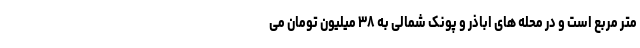
متر مربع است و در محله های اباذر و پونک شمالی به ۳۸ میلیون تومان می